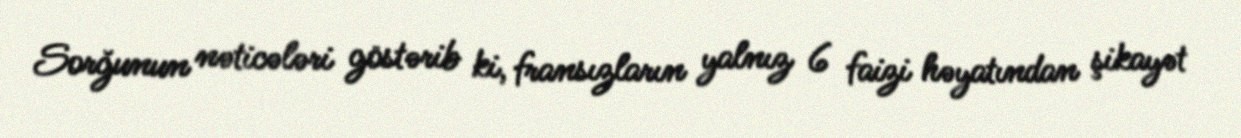
Sorğunun nəticələri göstərib ki, fransızların yalnız 6 faizi həyatından şikayət